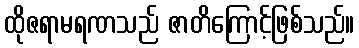
ထိုဇရာမရဏသည် ဇာတိကြောင့်ဖြစ်သည်။